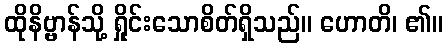
ထိုနိဗ္ဗာန်သို့ ရှိုင်းသောစိတ်ရှိသည်။ ဟောတိ၊ ၏။